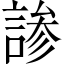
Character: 𬢳